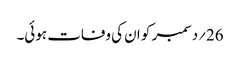
26؍دسمبر کو ان کی وفات ہوئی۔